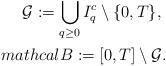
LaTeX: \begin{align*}\mathcal{G}: = \bigcup_{q \geq 0} I_q^c \setminus \{0,T\}, \ \\mathcal{B}:=[0,T] \setminus \mathcal{G}.\end{align*}